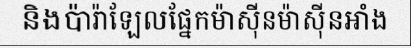
និងប៉ារ៉ាឡែលផ្នែកម៉ាស៊ីនម៉ាស៊ីនអាំង